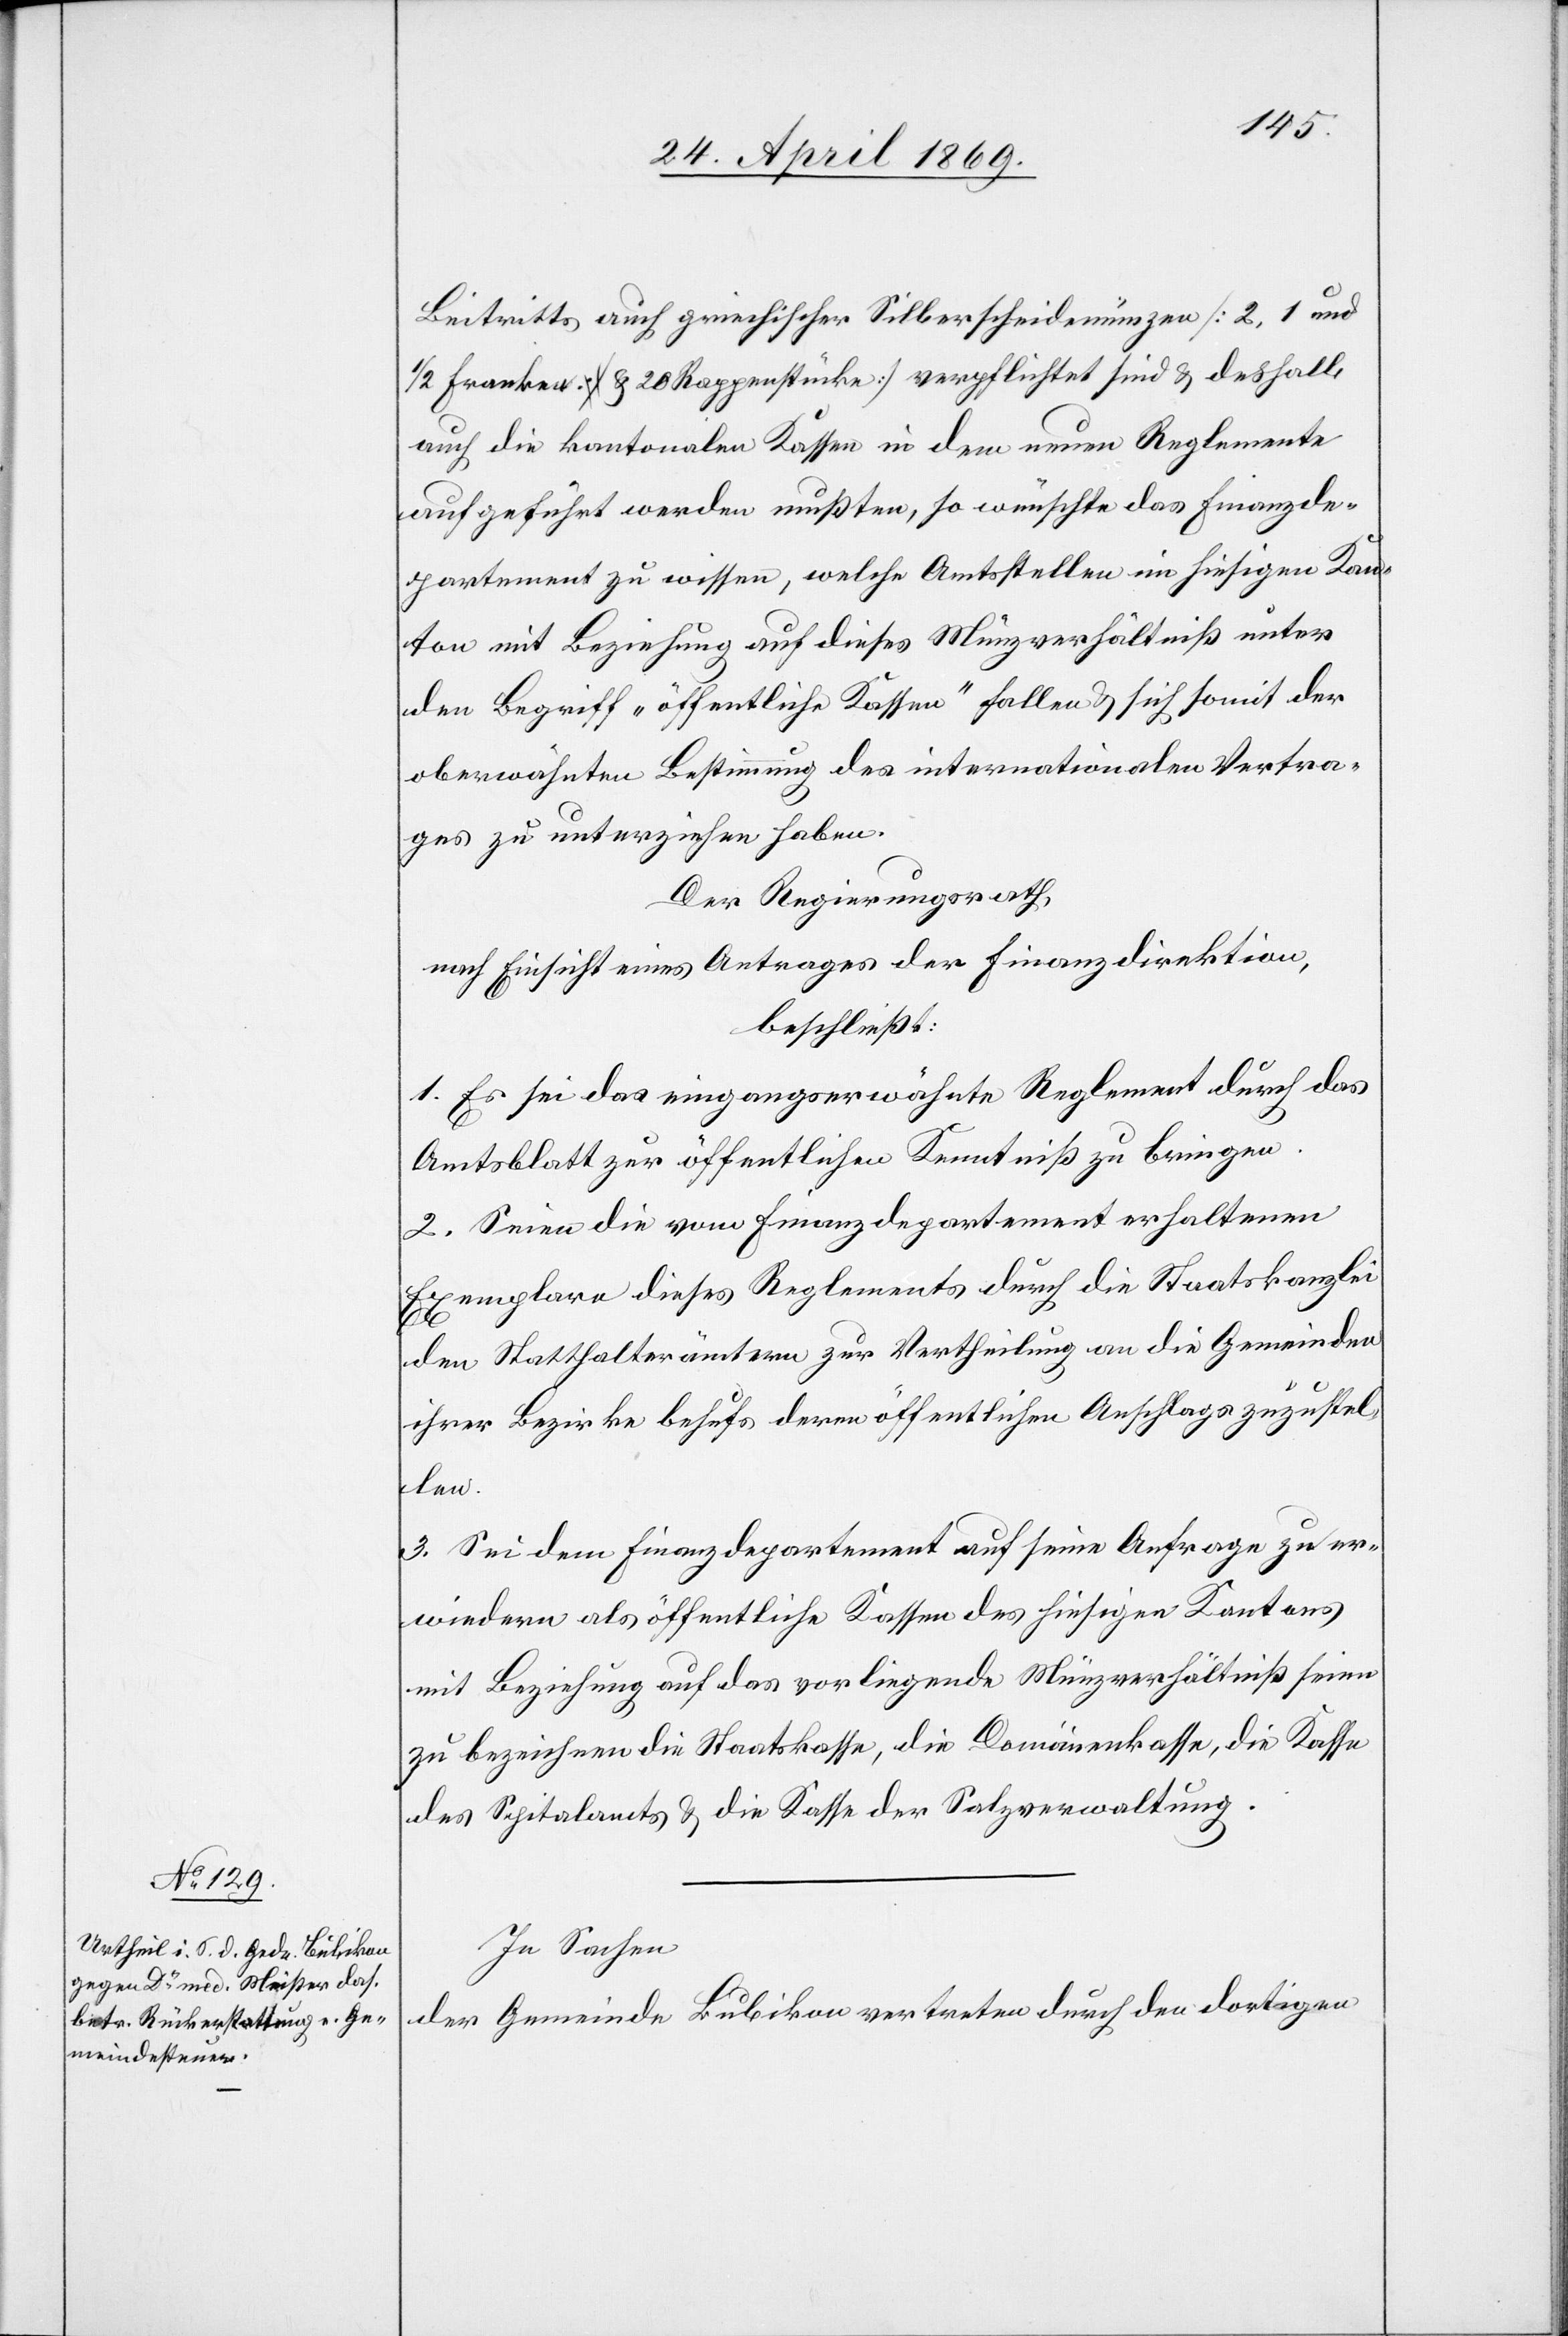
Beitritts auch griechischer Silberscheidemünzen [2, 1 und
1/2 Franken u. 20 Rappenstücke] verpflichtet sind u. deshalb
auch die kantonalen Kassen in dem neuen Reglemente
aufgeführt werden mußten, so wünschte das Finanzde¬
partement zu wissen, welche Amtsstellen im hiesigen Kan¬
ton mit Beziehung auf dieses Münzverhältniß unter
den Begriff „öffentliche Kassen“ fallen u. sich somit der
oberwähnten Bestimmung des internationalen Vertra¬
ges zu unterziehen haben.
Der Regierungsrath,
nach Einsicht eines Antrages der Finanzdirektion,
beschließt:
1. Es sei das eingangserwähnte Reglement durch das
Amtsblatt zur öffentlichen Kenntniß zu bringen.
2. Seien die vom Finanzdepartement erhaltenen
Exemplare dieses Reglements durch die Staatskanzlei
den Statthalterämtern zur Vertheilung an die Gemeinden
ihrer Bezirke behufs deren öffentlichen Anschlags zuzustel¬
len.
3. Sei dem Finanzdepartement auf seine Anfrage zu er¬
wiedern als öffentliche Kassen des hiesigen Kantons
mit Beziehung auf das vorliegende Münzenverhältniß seien
zu bezeichnen die Staatskasse, die Domänenkasse, die Kasse
des Spitalamts u. die Kasse der Salzverwaltung.
In Sachen
der Gemeinde Bubikon vertreten durch den dortigen